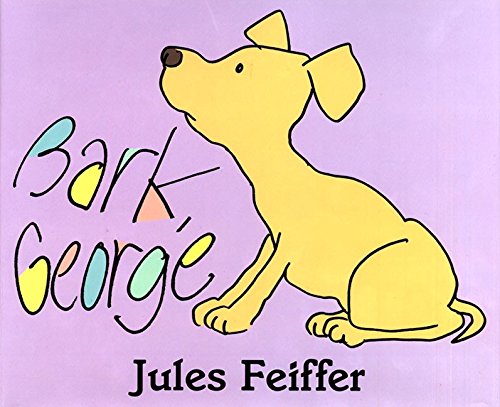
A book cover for Bark, George; Jules Feiffer; Children's Books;